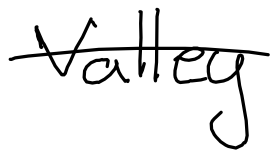
Text: Valley
Cross-out: single-line
Writing tool: digital_black